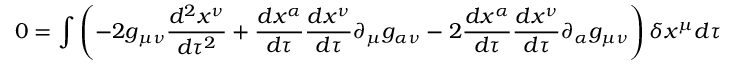
0 = \int \left( - 2 g _ { \mu \nu } { \frac { d ^ { 2 } x ^ { \nu } } { d \tau ^ { 2 } } } + { \frac { d x ^ { \alpha } } { d \tau } } { \frac { d x ^ { \nu } } { d \tau } } \partial _ { \mu } g _ { \alpha \nu } - 2 { \frac { d x ^ { \alpha } } { d \tau } } { \frac { d x ^ { \nu } } { d \tau } } \partial _ { \alpha } g _ { \mu \nu } \right) \delta x ^ { \mu } d \tau